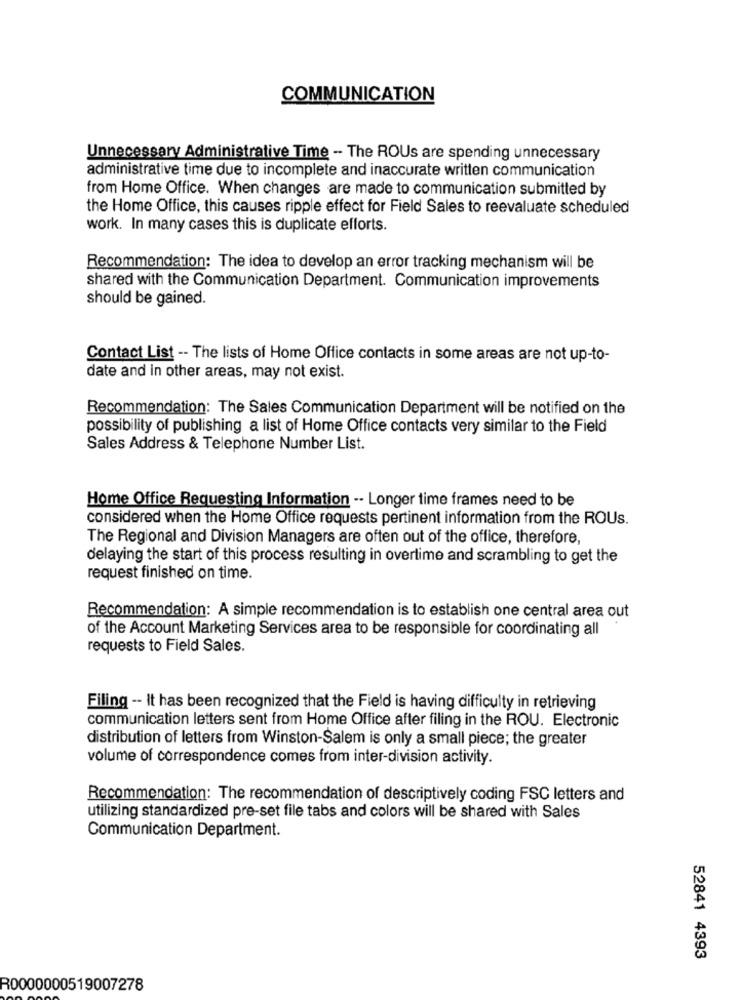
COMMUNICATION
Unnecessary Administrative Time - The ROUs are spending unnecessary
administrative time due to incomplete and inaccurate written communication
from Home Office. When changes are made to communication submitted by
the Home Office, this causes ripple effect for Field Sales to reevaluate scheduled
work. In many cases this is duplicate efforts.
Recommendation: The idea to develop an error tracking mechanism will be
shared with the Communication Department. Communication improvements
should be gained.
Contact List -- The lists of Home Office contacts in some areas are not up-to-
date and in other areas, may not exist.
Recommendation: The Sales Communication Department will be notified on the
possibility of publishing a list of Home Office contacts very similar to the Field
Sales Address & Telephone Number List.
Home Office Requesting Information -- Longer time frames need to be
considered when the Home Office requests pertinent information from the ROUs.
The Regional and Division Managers are often out of the office, therefore,
delaying the start of this process resulting in overtime and scrambling to get the
request finished on time.
Recommendation: A simple recommendation is to establish one central area out
of the Account Marketing Services area to be responsible for coordinating all
requests to Field Sales.
Filing -- It has been recognized that the Field is having difficulty in retrieving
communication letters sent from Home Office after filing in the ROU. Electronic
distribution of letters from Winston-Salem is only a small piece; the greater
volume of correspondence comes from inter-division activity.
Recommendation: The recommendation of descriptively coding FSC letters and
utilizing standardized pre-set file tabs and colors will be shared with Sales
Communication Department.
52841 4393
R0000000519007278